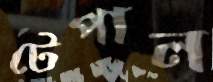
টেপাল